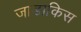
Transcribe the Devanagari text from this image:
जाडाकिस